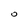
Character: O